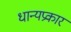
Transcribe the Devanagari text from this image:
धान्यप्रकार